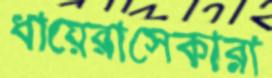
ধায়েরাসেকারা